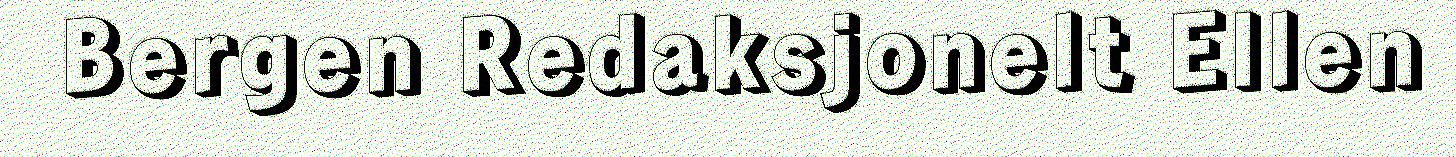
Bergen Redaksjonelt Ellen